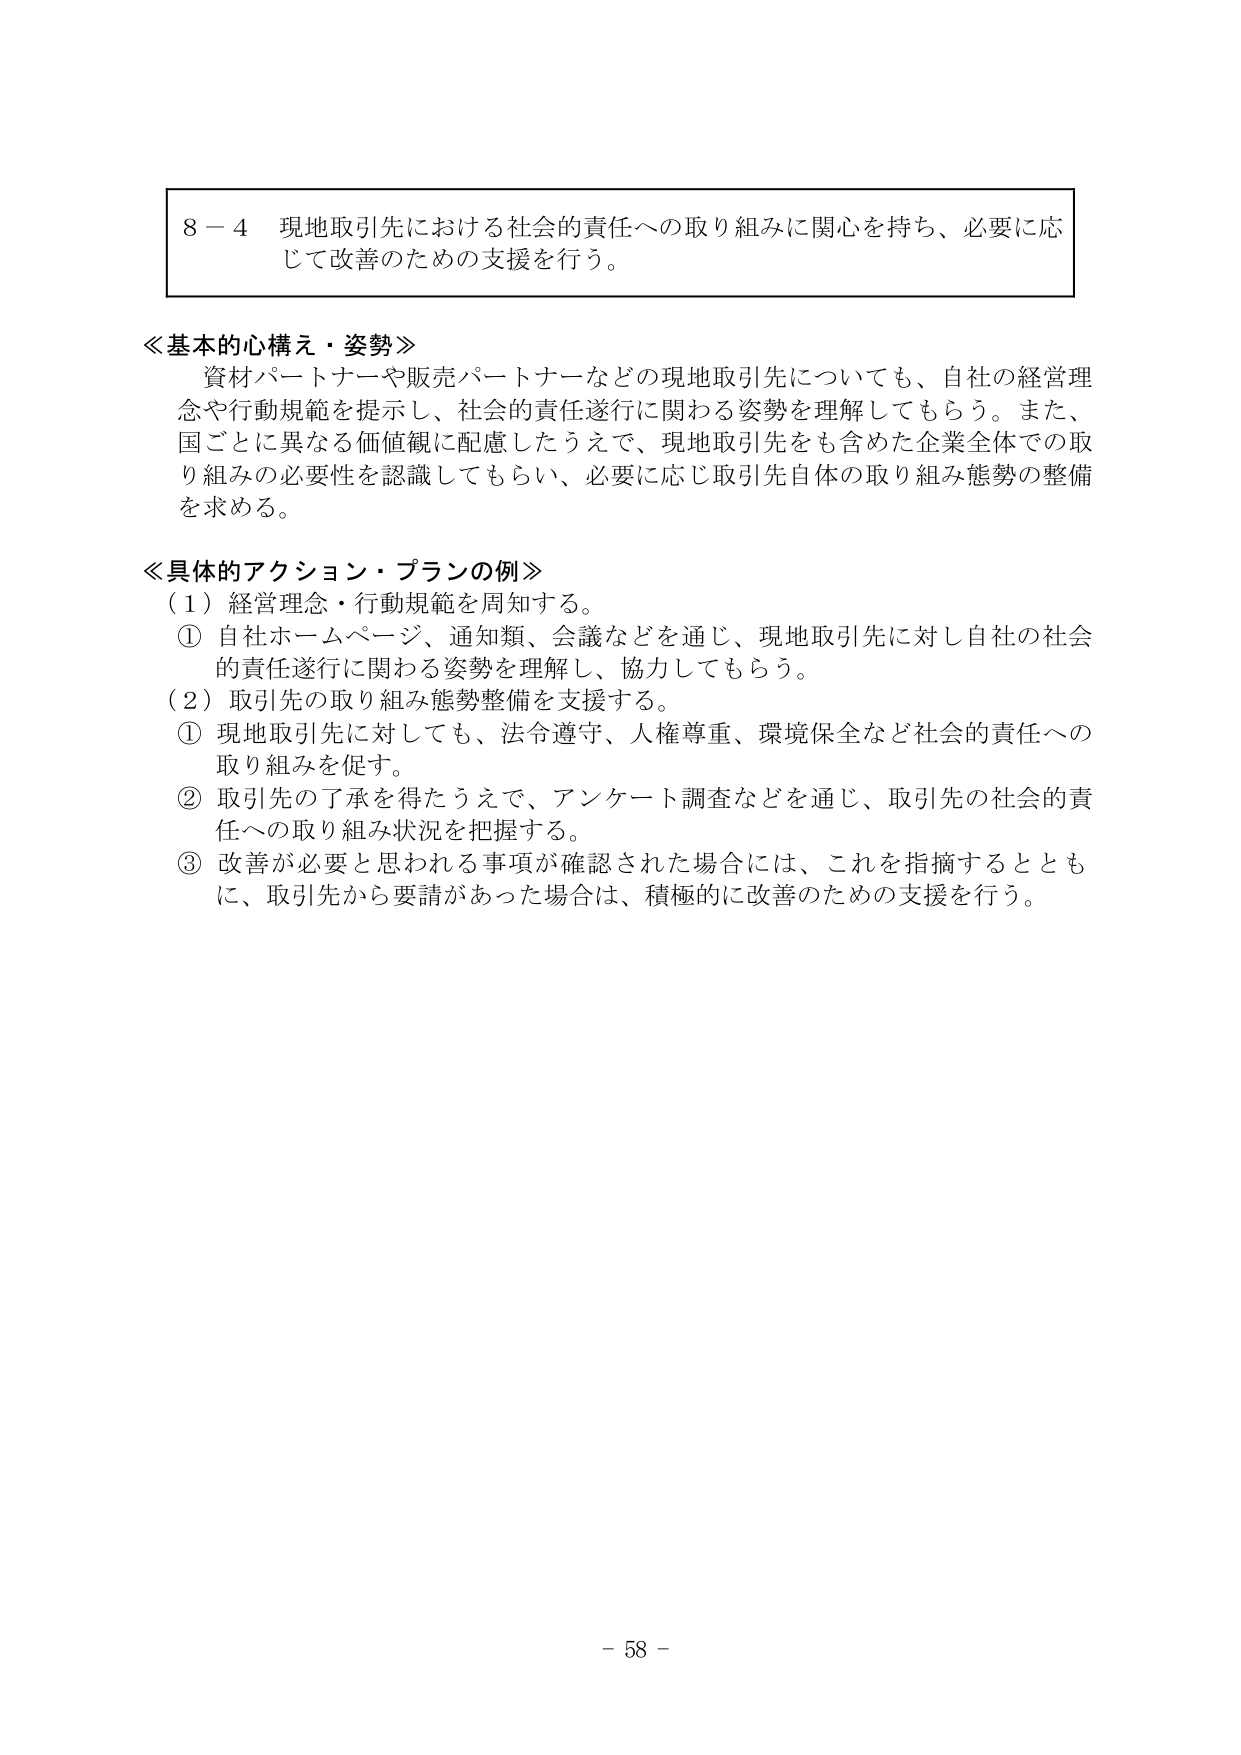
8－4 現地取引先における社会的責任への取り組みに関心を持ち、必要に応じて改善のための支援を行う。

≪基本的心構え・姿勢≫
　資材パートナーや販売パートナーなどの現地取引先についても、自社の経営理念や行動規範を提示し、社会的責任遂行に関わる姿勢を理解してもらう。また、国ごとに異なる価値観に配慮したうえで、現地取引先をも含めた企業全体での取り組みの必要性を認識してもらい、必要に応じ取引先自体の取り組み態勢の整備を求める。

≪具体的アクション・プランの例≫
（1）経営理念・行動規範を周知する。
　① 自社ホームページ、通知類、会議などを通じ、現地取引先に対し自社の社会的責任遂行に関わる姿勢を理解し、協力してもらう。
（2）取引先の取り組み態勢整備を支援する。
　① 現地取引先に対しても、法令遵守、人権尊重、環境保全など社会的責任への取り組みを促す。
　② 取引先の了承を得たうえで、アンケート調査などを通じ、取引先の社会的責任への取り組み状況を把握する。
　③ 改善が必要と思われる事項が確認された場合には、これを指摘するとともに、取引先から要請があった場合は、積極的に改善のための支援を行う。

－ 58 －